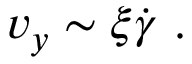
v _ { y } \sim \xi \dot { \gamma } ~ .